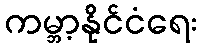
ကမ္ဘာ့နိုင်ငံရေး